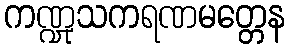
ကဏ္ဍုသကရဏမတ္တေန